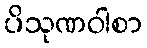
ပိသုဏဝါစာ